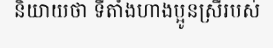
និយាយថា ទីតាំងហាងប្អូនស្រីរបស់